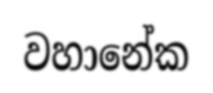
වහානේක